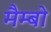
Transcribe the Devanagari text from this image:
मैम्बो